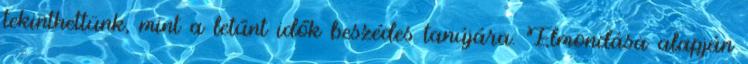
tekinthettünk, mint a letűnt idők beszédes tanújára. Elmondása alapján